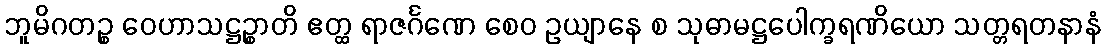
ဘူမိဂတဉ္စ ဝေဟာသဋ္ဌဉ္စာတိ ဧတ္ထ ရာဇင်္ဂဏေ စေဝ ဥယျာနေ စ သုဓာမဋ္ဌပေါက္ခရဏိယော သတ္တရတနာနံ